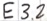
Text: E3.2